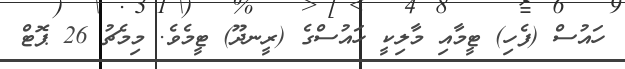
ހައުސް (ފެހި) ޓީމާއި މާލިކީ ހައުސްގެ (ރީނދޫ) ޓީމެވެ. މިމެޗު 26 ޕޮޓް